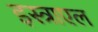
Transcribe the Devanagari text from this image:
इस्त्राएल